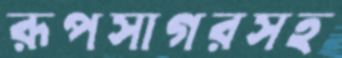
রূপসাগরসহ